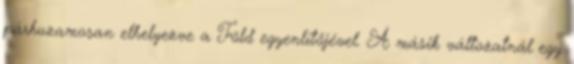
párhuzamosan elhelyezve a Föld egyenlítőjével. A másik változatnál egy